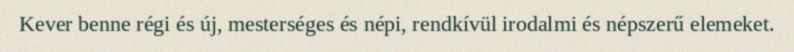
Kever benne régi és új, mesterséges és népi, rendkívül irodalmi és népszerű elemeket.